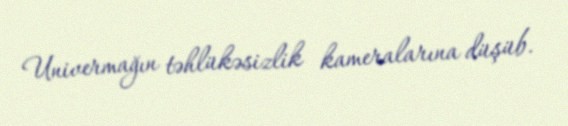
Univermağın təhlükəsizlik kameralarına düşüb.